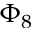
\Phi _ { 8 }